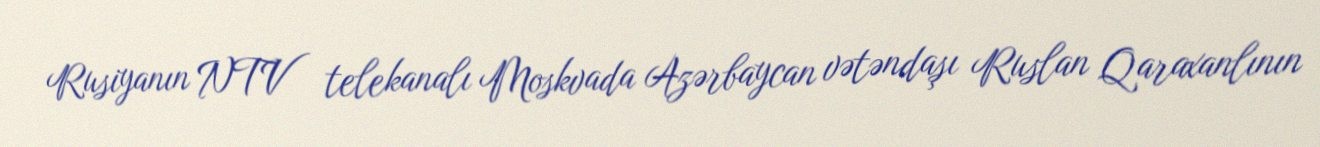
Rusiyanın NTV telekanalı Moskvada Azərbaycan vətəndaşı Ruslan Qaraxanlının